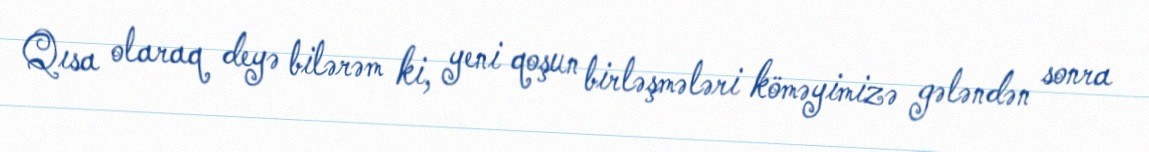
Qısa olaraq deyə bilərəm ki, yeni qoşun birləşmələri köməyimizə gələndən sonra